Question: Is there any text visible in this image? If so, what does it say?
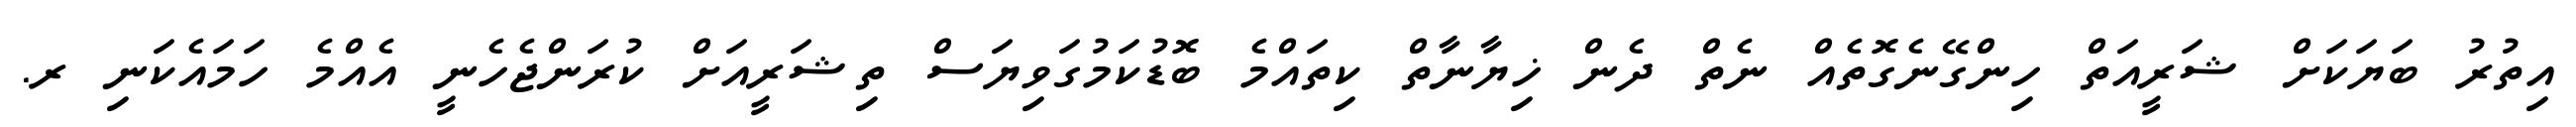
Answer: އިތުރު ބަޔަކަށް ޝަރީއަތް ހިންގޭނެގޮތެއް ނެތް ދެން ޚިޔާނާތް ކިތައްމެ ބޮޑުކަމުގަވިޔަސް ތިޝަރީއަށް ކުރަންޖެހެނީ އެއްމެ ހަމައެކަނި ރ.